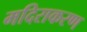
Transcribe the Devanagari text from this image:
मदिराकरण